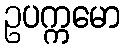
ဥပက္ကမော